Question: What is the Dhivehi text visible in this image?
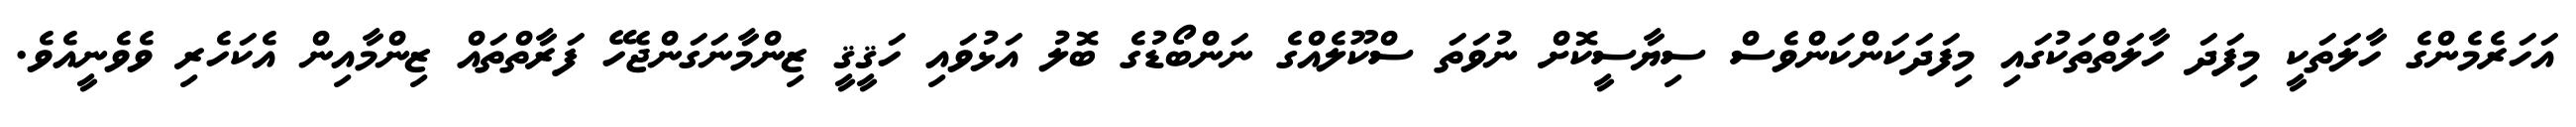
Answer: އަހަރެމެންގެ ހާލަތަކީ މިފަދަ ހާލަތްތަކުގައި މިފަދަކަންކަންވެސް ސިޔާސީކޮށް ނުވަތަ ސްކޫލެއްގެ ނަންބޯޑުގެ ބޮލު އަޅުވައި ހަޤީޤީ ޒިންމާނަގަންޖެހޭ ފަރާތްތައް ޒިންމާއިން އެކަހެރި ވެވެނީއެވެ.